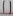
Text: 11